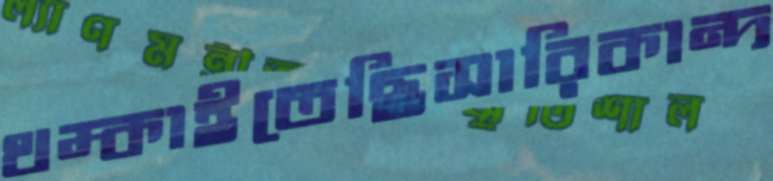
থম্‌কাইতেছিসারিকান্দ